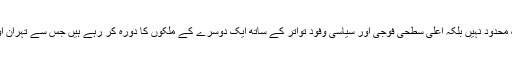
انہوں نے کہا کہ ایران اور روس کے درمیان تعاون صرف شام تک محدود نہیں بلکہ اعلی سطحی فوجی اور سیاسی وفود تواتر کے ساتھ ایک دوسرے کے ملکوں کا دورہ کر رہے ہیں جس سے تہران اور ماسکو کے درمیان تعاون کی وسعت کا اندازہ لگایا جا سکتا ہے۔